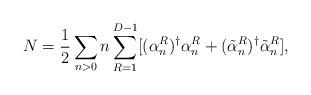
LaTeX: \begin{align*}N=\frac{1}{2}\sum_{n>0} n\sum_{R=1}^{D-1}[(\alpha^R_n)^{\dag}\alpha^R_n+(\tilde{\alpha}^R_n)^{\dag}\tilde{\alpha}^R_n],\end{align*}